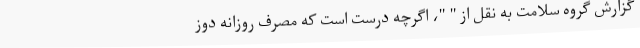
گزارش گروه سلامت به نقل از " "، اگرچه درست است که مصرف روزانه دوز